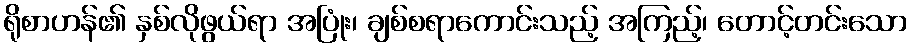
ရိုစာဟန်၏ နှစ်လိုဖွယ်ရာ အပြုံး၊ ချစ်စရာကောင်းသည့် အကြည့်၊ တောင့်တင်းသော